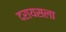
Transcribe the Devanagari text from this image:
दरायसला